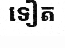
ទៀត